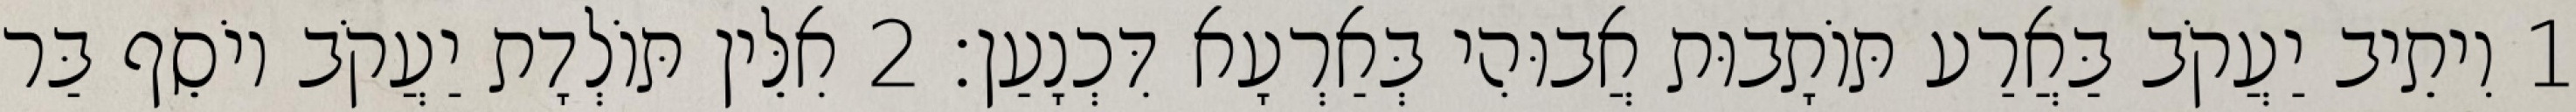
1 וִיתֵיב יַעֲקֹב בַּאֲרַע תּוֹתָבוּת אֲבוּהִי בְּאַרְעָא דִּכְנָעַן׃ 2 אִלֵּין תּוֹלְדָת יַעֲקֹב יוֹסֵף בַּר